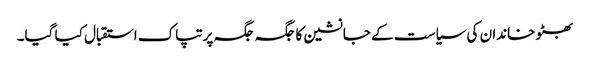
بھٹو خاندان کی سیاست کے جانشین کا جگہ جگہ پرتپاک استقبال کیا گیا۔